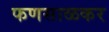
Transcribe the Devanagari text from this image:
फणसाळकर